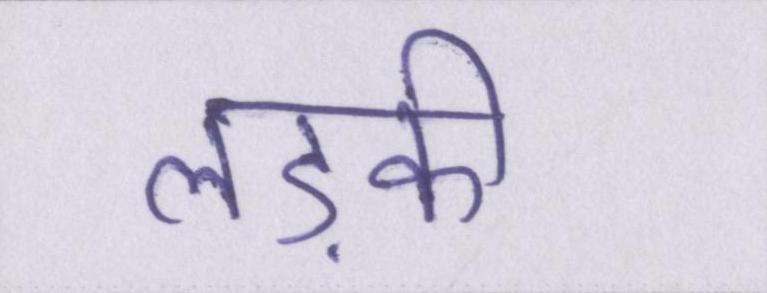
लड़की